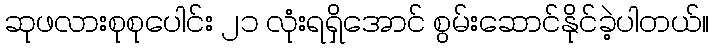
ဆုဖလားစုစုပေါင်း ၂၁ လုံးရရှိအောင် စွမ်းဆောင်နိုင်ခဲ့ပါတယ်။